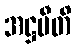
အဋ္ဌမီတိ